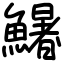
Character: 鱪